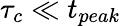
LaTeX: \tau_{c}\ll t_{peak}